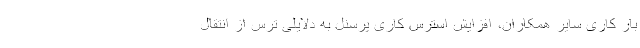
بار کاری سایر همکاران، افزایش استرس کاری پرسنل به دلایلی ترس از انتقال